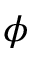
\phi